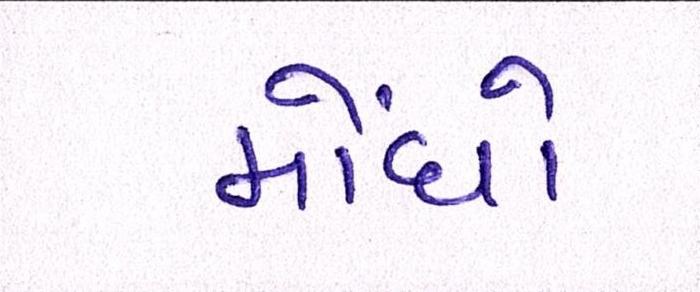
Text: મોંધો